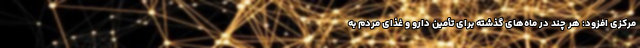
مرکزی افزود: هر چند در ماه‌های گذشته برای تأمین دارو و غذای مردم به